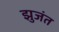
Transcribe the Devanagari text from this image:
झुजंत